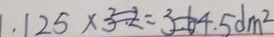
1 . 1 2 5 \times 3 2 = 3 6 4 . 5 d m ^ { 2 }